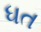
ધત